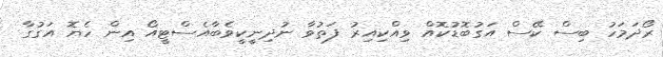
ރޯދަމަހު ބިސް ކޭސް އަގުބޮޑުކޮއް ވިއްކިއިރު ފަތުވާ ނުދިނީކީވެބާއެސްޓީއޯ އިން ހެޔޮ އަގުގާ